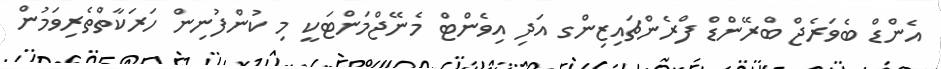
އެންޑް ބެވަރެޖް ބްރޭންޑް ފްރެންޗައިޒިންގ އަދި އިވެންޓް މެނޭޖްމަންޓަކީ މި ކުންފުނިން ހަރަކާތްތެރިވަމުން